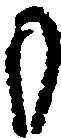
も